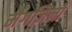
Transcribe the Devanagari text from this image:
मैगज़िनों